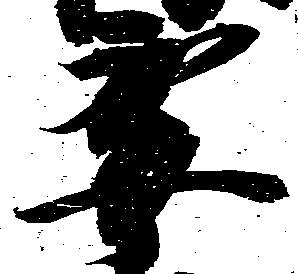
要